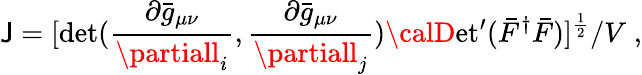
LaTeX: \mathsf{J}=[\operatorname*{det}({\frac{{\partial\bar{{g}}_{\mu\nu}}}{{\partiall_{i}}}},{\frac{{\partial\bar{{g}}_{\mu\nu}}}{{\partiall_{j}}}}){\calD}\mathrm{{et}}^{\prime}(\bar{{F}}^{\dagger}\bar{{F}})]^{\frac{{1}}{{2}}}/V\; ,